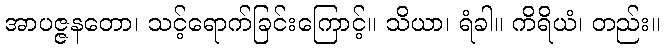
အာပဇ္ဇနတော၊ သင့်ရောက်ခြင်းကြောင့်။ သိယာ၊ ရံခါ။ ကိရိယံ၊ တည်း။